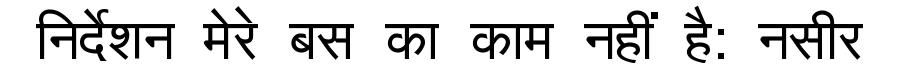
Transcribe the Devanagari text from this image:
निर्देशन मेरे बस का काम नहीं है: नसीर